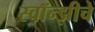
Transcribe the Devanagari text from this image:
स्वॉन्झीचे